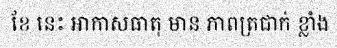
ខែ នេះ អាកាសធាតុ មាន ភាពត្រជាក់ ខ្លាំង